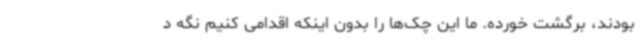
بودند، برگشت خورده. ما این چک‌ها را بدون اینکه اقدامی‌ کنیم نگه د